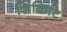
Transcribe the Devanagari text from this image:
शिंकिटि